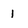
Character: 1